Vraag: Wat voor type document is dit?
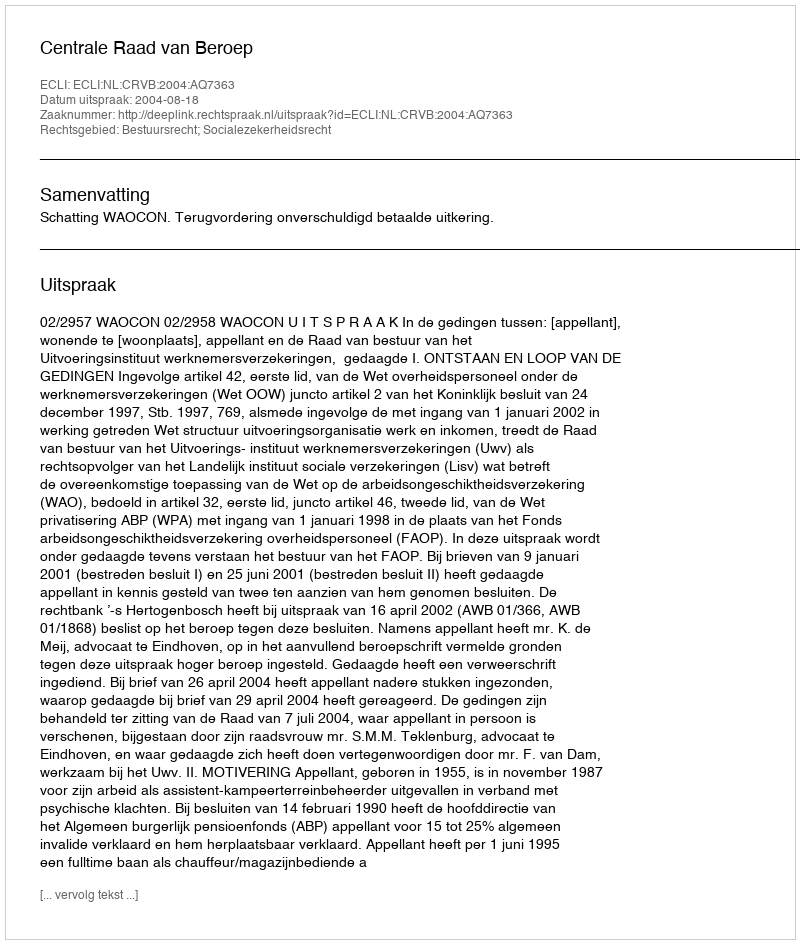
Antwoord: Uitspraak